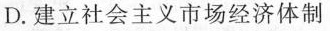
D.建立社会主义市场经济体制